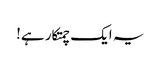
یہ ایک چمتکار ہے!